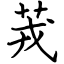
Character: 茙